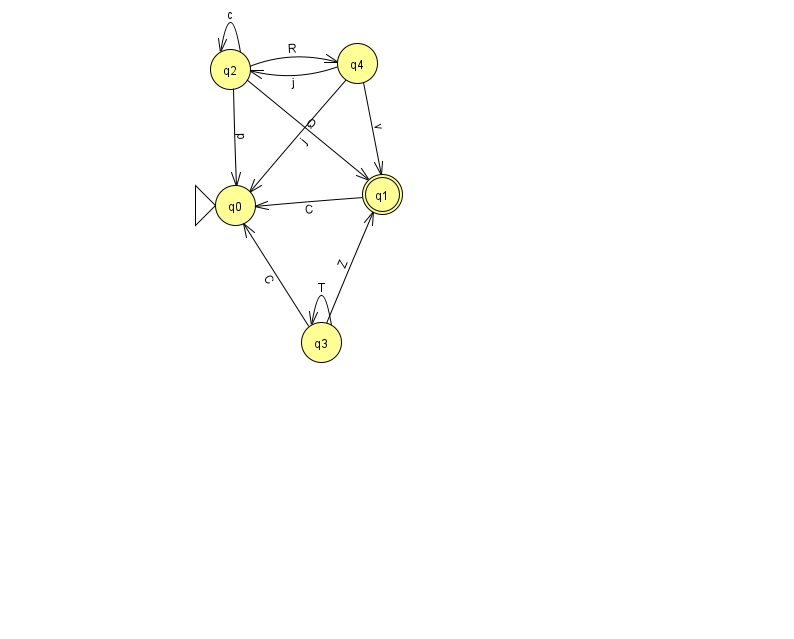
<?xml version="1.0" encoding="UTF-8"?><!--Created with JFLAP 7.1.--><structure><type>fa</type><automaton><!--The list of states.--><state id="0" name="q0"><x>235.0</x><y>192.0</y><initial/></state><state id="1" name="q1"><x>382.0</x><y>181.0</y><final/></state><state id="2" name="q2"><x>230.0</x><y>56.0</y></state><state id="3" name="q3"><x>321.0</x><y>329.0</y></state><state id="4" name="q4"><x>357.0</x><y>50.0</y></state><!--The list of transitions.--><transition><from>2</from><to>2</to><read>c</read></transition><transition><from>2</from><to>1</to><read>Q</read></transition><transition><from>3</from><to>3</to><read>T</read></transition><transition><from>4</from><to>2</to><read>j</read></transition><transition><from>3</from><to>0</to><read>C</read></transition><transition><from>1</from><to>0</to><read>C</read></transition><transition><from>3</from><to>1</to><read>Z</read></transition><transition><from>4</from><to>0</to><read>j</read></transition><transition><from>2</from><to>0</to><read>p</read></transition><transition><from>2</from><to>4</to><read>R</read></transition><transition><from>4</from><to>1</to><read>v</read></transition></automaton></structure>